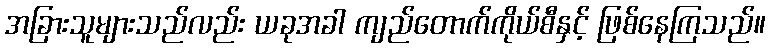
အခြားသူများသည်လည်း ယခုအခါ ကျည်တောက်ကိုယ်စီနှင့် ဖြစ်နေကြသည်။